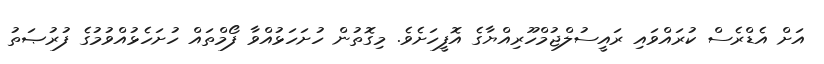
އަށް އެޑްރެސް ކުރައްވައި ރައީސުލްޖުމްހޫރިއްޔާގެ އޮފީހަށެވެ. މިގޮތުން ހުށަހަޅުއްވާ ފޯމްތައް ހުށަހެޅުއްވުމުގެ ފުރުޞަތު